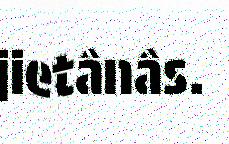
jietânâs.